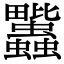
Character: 𧖈